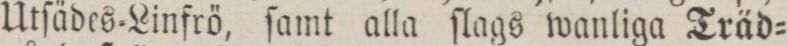
Utſädes=Linfrö, ſamt alla ſlags wanliga Träd=